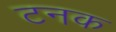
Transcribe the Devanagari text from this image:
टनक